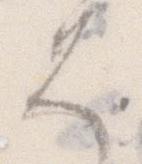
は